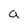
Character: a